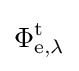
\Phi _{\mathrm {e} ,\lambda }^{\mathrm {t} }